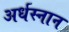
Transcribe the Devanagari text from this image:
अर्धस्नान